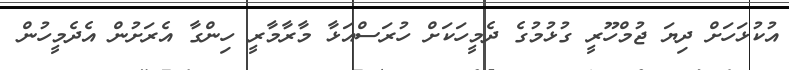
އުކުޅަހަށް ދިޔަ ޖުމްހޫރީ ގުޅުމުގެ ދެމީހަކަށް ހުރަސްއަޅާ މާރާމާރީ ހިންގާ އެރަށުން އެދެމީހުން